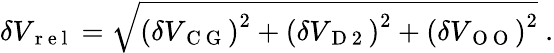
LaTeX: \delta V_{\mathrm{~r~e~l~}}=\sqrt{\left(\delta V_{\mathrm{~C~G~}}\right)^{2}+\left(\delta V_{\mathrm{~D~2~}}\right)^{2}+\left(\delta V_{\mathrm{~O~O~}}\right)^{2}}\ .